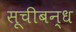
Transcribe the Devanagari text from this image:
सूचीबन्ध